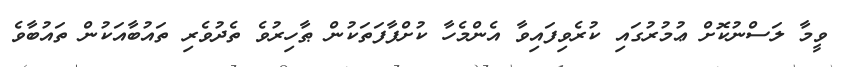
ވީމާ ލަސްނުކޮށް ޢުމުރުގައި ކުރެވިފައިވާ އެންމެހާ ކުށްފާފަތަކުން ޠާހިރުވެ ތެދުވެރި ތައުބާއަކުން ތައުބާވެ